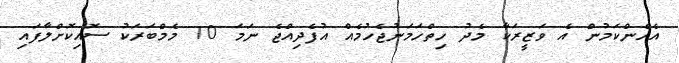
އެހެންކަމުން އެ ވަޒީރަކާ މެދު ހިތްހަމަނުޖެހުމެއް އުފެދިއްޖެ ނަމަ 10 މެމްބަރަކު ސޮއިކޮށްލާފައި